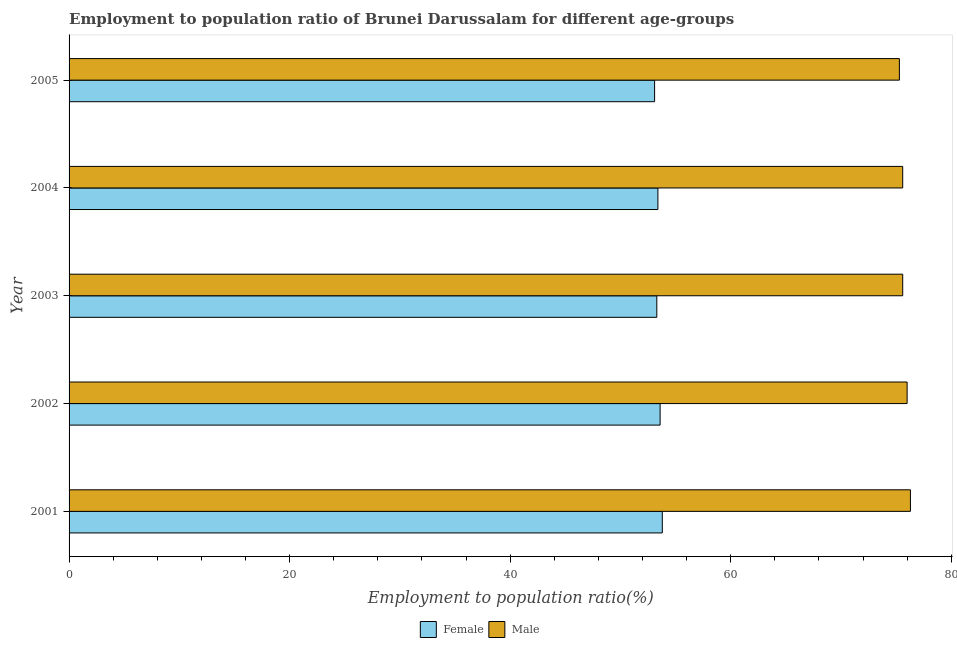
| Year | Female | Male |
 | --- | --- | --- |
 | 2001 | 53.8 | 76.3 |
 | 2002 | 53.6 | 76 |
 | 2003 | 53.3 | 75.6 |
 | 2004 | 53.4 | 75.6 |
 | 2005 | 53.1 | 75.3 |